Punjab Mental Hospital Lahore 1922-31 - 1922-1931
Year: 1922
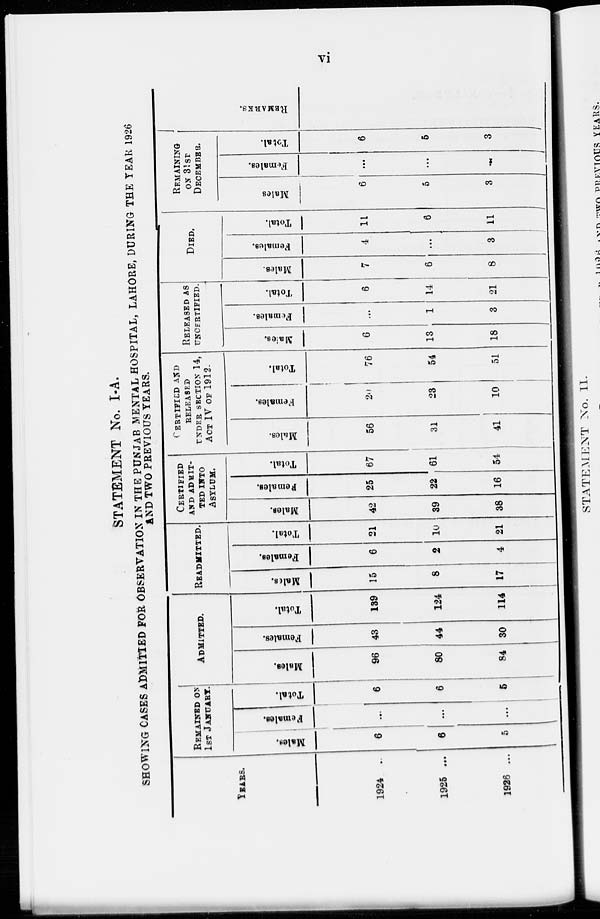
vi
STATEMENT No. I-A.
SHOWING CASES ADMITTED FOR OBSERVATION IN THE PUNJAB MENTAL HOSPITAL, LAHORE, DURING THE YEAR 1926
AND TWO PREVIOUS YEARS.
YEARS.
1924 ...
1925 ...
1926 ...
REMAINED ON
1ST JANUARY.
Males.
6
6
5
Females.
...
...
...
Total.
6
6
5
ADMITTED.
Males.
96
80
84
Females.
43
44
30
Total.
139
124
114
READMITTED.
Males.
15
8
17
Females.
6
2
4
Total.
21
10
21
CERTIFIED
AND ADMIT-
TED INTO
ASYLUM.
Males.
42
39
38
Females.
25
22
16
Total.
67
61
54
CERTIFIED AND
RELEASED
UNDER SECTION 14,
ACT IV OF 1912.
Males.
56
31
41
Females.
20
23
10
Total.
76
54
51
RELEASED AS
UNCERTIFIED.
Males.
6
13
18
Females.
...
1
3
Total.
6
14
21
DIED.
Males.
7
6
8
Females.
4
...
3
Total.
11
6
11
REMAINING
ON 31ST
DECEMBER.
Males
6
5
3
Females.
...
...
...
Total.
6
5
3
REMARKS.